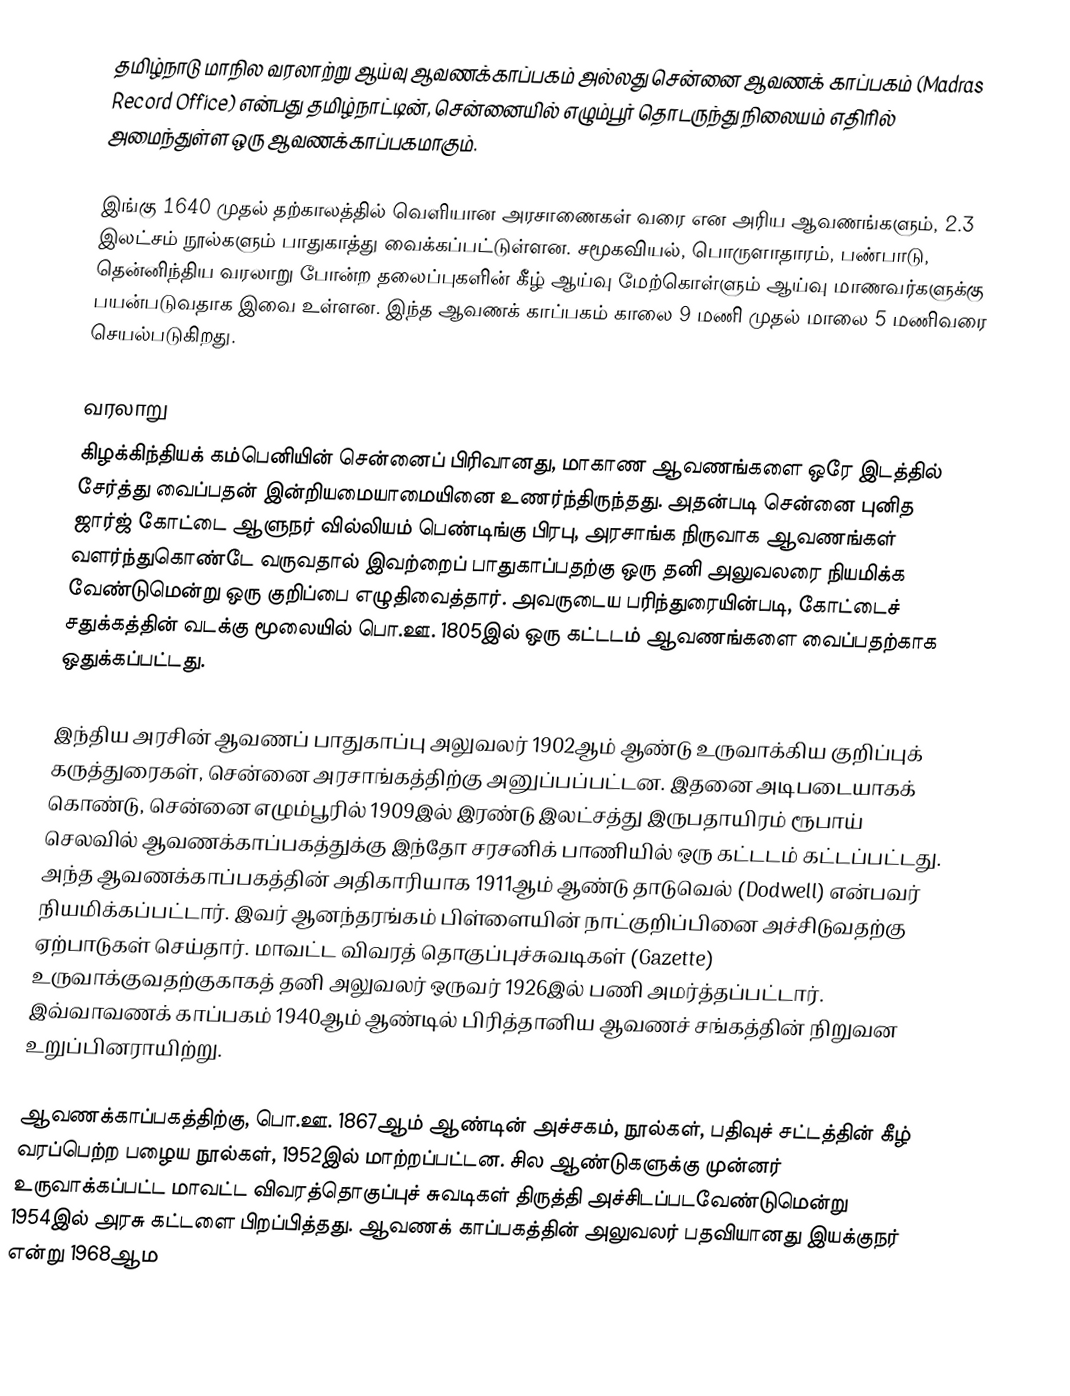
தமிழ்நாடு மாநில வரலாற்று ஆய்வு ஆவணக்காப்பகம் அல்லது சென்னை ஆவணக் காப்பகம் (Madras Record Office) என்பது தமிழ்நாட்டின், சென்னையில் எழும்பூர் தொடருந்து நிலையம் எதிரில் அமைந்துள்ள ஒரு ஆவணக்காப்பகமாகும்.

இங்கு 1640 முதல் தற்காலத்தில் வெளியான அரசாணைகள் வரை என அரிய ஆவணங்களும், 2.3 இலட்சம் நூல்களும் பாதுகாத்து வைக்கப்பட்டுள்ளன. சமூகவியல், பொருளாதாரம், பண்பாடு, தென்னிந்திய வரலாறு போன்ற தலைப்புகளின் கீழ் ஆய்வு மேற்கொள்ளும் ஆய்வு மாணவர்களுக்கு பயன்படுவதாக இவை உள்ளன. இந்த ஆவணக் காப்பகம் காலை 9 மணி முதல் மாலை 5 மணிவரை செயல்படுகிறது.

வரலாறு
கிழக்கிந்தியக் கம்பெனியின் சென்னைப் பிரிவானது, மாகாண ஆவணங்களை ஒரே இடத்தில் சேர்த்து வைப்பதன்  இன்றியமையாமையினை உணர்ந்திருந்தது. அதன்படி சென்னை  புனித ஜார்ஜ் கோட்டை ஆளுநர் வில்லியம் பெண்டிங்கு பிரபு, அரசாங்க நிருவாக ஆவணங்கள் வளர்ந்துகொண்டே வருவதால் இவற்றைப் பாதுகாப்பதற்கு ஒரு தனி அலுவலரை நியமிக்க வேண்டுமென்று ஒரு குறிப்பை எழுதிவைத்தார். அவருடைய பரிந்துரையின்படி, கோட்டைச் சதுக்கத்தின் வடக்கு மூலையில் பொ.ஊ. 1805இல்  ஒரு கட்டடம் ஆவணங்களை வைப்பதற்காக ஒதுக்கப்பட்டது.

இந்திய அரசின் ஆவணப் பாதுகாப்பு அலுவலர் 1902ஆம் ஆண்டு உருவாக்கிய குறிப்புக் கருத்துரைகள், சென்னை அரசாங்கத்திற்கு அனுப்பப்பட்டன. இதனை அடிபடையாகக் கொண்டு, சென்னை எழும்பூரில் 1909இல் இரண்டு இலட்சத்து இருபதாயிரம் ரூபாய் செலவில் ஆவணக்காப்பகத்துக்கு இந்தோ சரசனிக் பாணியில் ஒரு கட்டடம் கட்டப்பட்டது. அந்த ஆவணக்காப்பகத்தின் அதிகாரியாக 1911ஆம் ஆண்டு தாடுவெல் (Dodwell) என்பவர் நியமிக்கப்பட்டார். இவர் ஆனந்தரங்கம் பிள்ளையின் நாட்குறிப்பினை அச்சிடுவதற்கு ஏற்பாடுகள் செய்தார். மாவட்ட விவரத் தொகுப்புச்சுவடிகள் (Gazette) உருவாக்குவதற்குகாகத் தனி அலுவலர் ஒருவர் 1926இல் பணி அமர்த்தப்பட்டார். இவ்வாவணக் காப்பகம் 1940ஆம் ஆண்டில் பிரித்தானிய ஆவணச் சங்கத்தின் நிறுவன உறுப்பினராயிற்று.

ஆவணக்காப்பகத்திற்கு, பொ.ஊ. 1867ஆம் ஆண்டின் அச்சகம், நூல்கள், பதிவுச் சட்டத்தின் கீழ் வரப்பெற்ற பழைய நூல்கள், 1952இல் மாற்றப்பட்டன. சில ஆண்டுகளுக்கு முன்னர் உருவாக்கப்பட்ட மாவட்ட விவரத்தொகுப்புச் சுவடிகள் திருத்தி அச்சிடப்படவேண்டுமென்று 1954இல் அரசு கட்டளை பிறப்பித்தது. ஆவணக் காப்பகத்தின் அலுவலர் பதவியானது இயக்குநர் என்று 1968ஆம